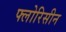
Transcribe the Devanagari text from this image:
फ्लोरिसीन